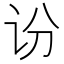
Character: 𫍛